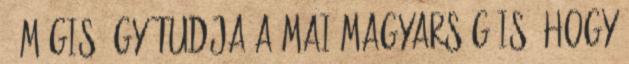
- Mégis úgy tudja a mai magyarság is, hogy